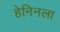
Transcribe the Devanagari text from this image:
हेनिनला